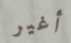
أغير